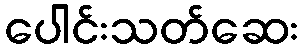
ပေါင်းသတ်ဆေး